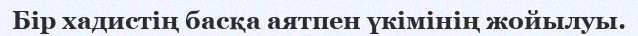
Бір хадистің басқа аятпен үкімінің жойылуы.